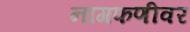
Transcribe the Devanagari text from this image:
नागफणीवर